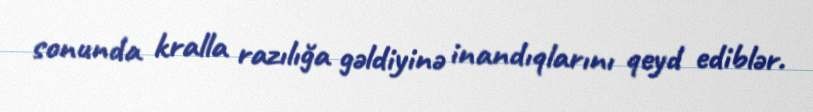
sonunda kralla razılığa gəldiyinə inandıqlarını qeyd ediblər.